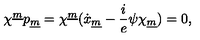
\chi ^ { \underline { m } } p _ { \underline { m } } = \chi ^ { \underline { m } } ( \dot { x } _ { \underline { m } } - { \frac { i } { e } } \psi \chi _ { \underline { m } } ) = 0 ,